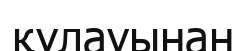
құлауынан